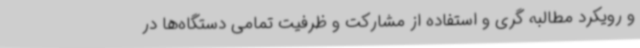
و رویکرد مطالبه گری و استفاده از مشارکت و ظرفیت تمامی دستگاه‌ها در